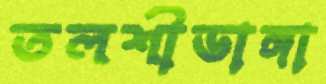
তলশীডাঙ্গা